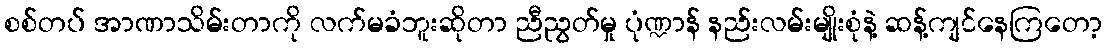
စစ်တပ် အာဏာသိမ်းတာကို လက်မခံဘူးဆိုတာ ညီညွတ်မှု ပုံဏ္ဍာန် နည်းလမ်းမျိုးစုံနဲ့ ဆန့်ကျင်နေကြတော့